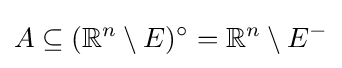
A\subseteq (\mathbb {R} ^{n}\setminus E)^{\circ }=\mathbb {R} ^{n}\setminus E^{-}